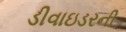
ડીવાઇડરની